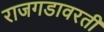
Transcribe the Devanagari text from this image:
राजगडावरती